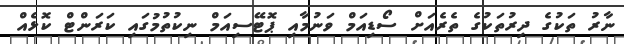
ނާރު ތަކުގެ ދިރުތަކުގެ ތެރެއަށް ސޯޑިއަމް ވަނުމާއި ޕޮޓޭސިއަމް ނިކުތުމުގައި ކަރަންޓް ކޮޅެއް